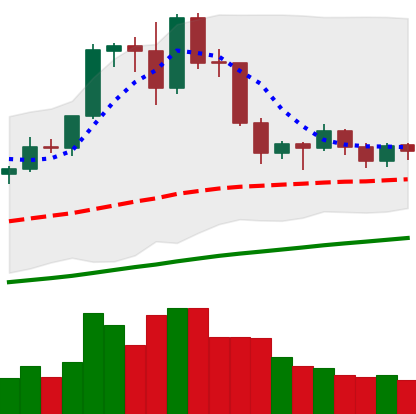
Ticker: EOS-USD
Chart end date: 2019-06-11
Forward return: 10.295%
Label: up_7plus